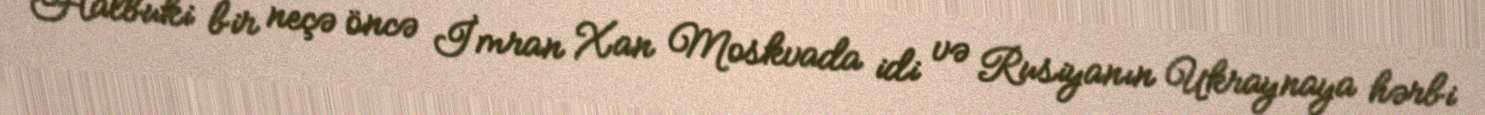
Halbuki bir neçə öncə İmran Xan Moskvada idi və Rusiyanın Ukraynaya hərbi